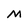
Character: M